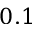
0 . 1